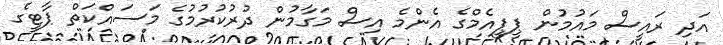
އަދި ރައީސް މައުމުން ޕީޕީއެމްގެ އެންމެ އިސް މަގާމުން ދުރުކުރުމުގެ މަސައްކަތް ޕާޓީގެ